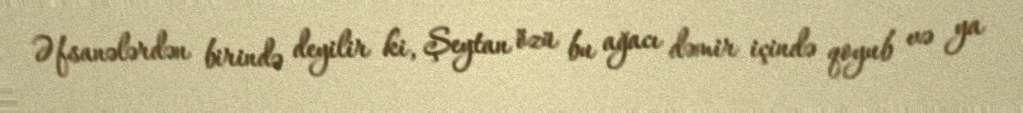
Əfsanələrdən birində deyilir ki, Şeytan özü bu ağacı dəmir içində qoyub və ya